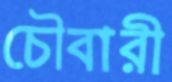
চৌবারী